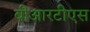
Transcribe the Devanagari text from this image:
बीआरटीएस